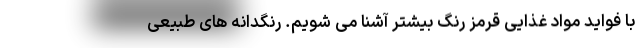
با فواید مواد غذایی قرمز رنگ بیشتر آشنا می شویم. رنگدانه های طبیعی